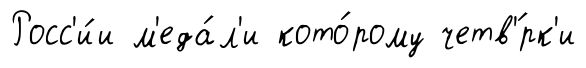
Росс'и́и м'еда́л'и кото́рому четв'́рк'и